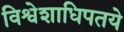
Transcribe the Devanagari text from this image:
विश्वेशाधिपतये